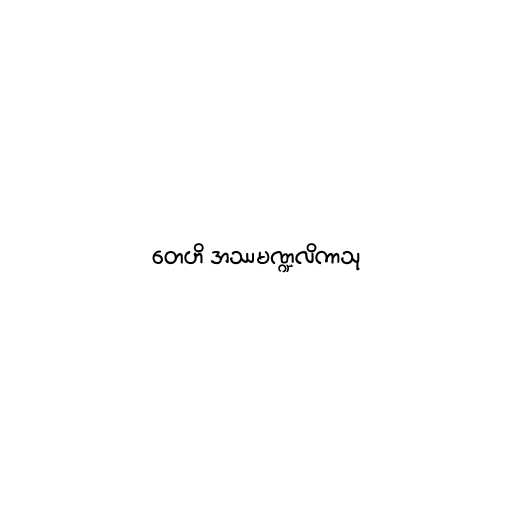
တေဟိ အဿမဏ္ဍလိကာသု